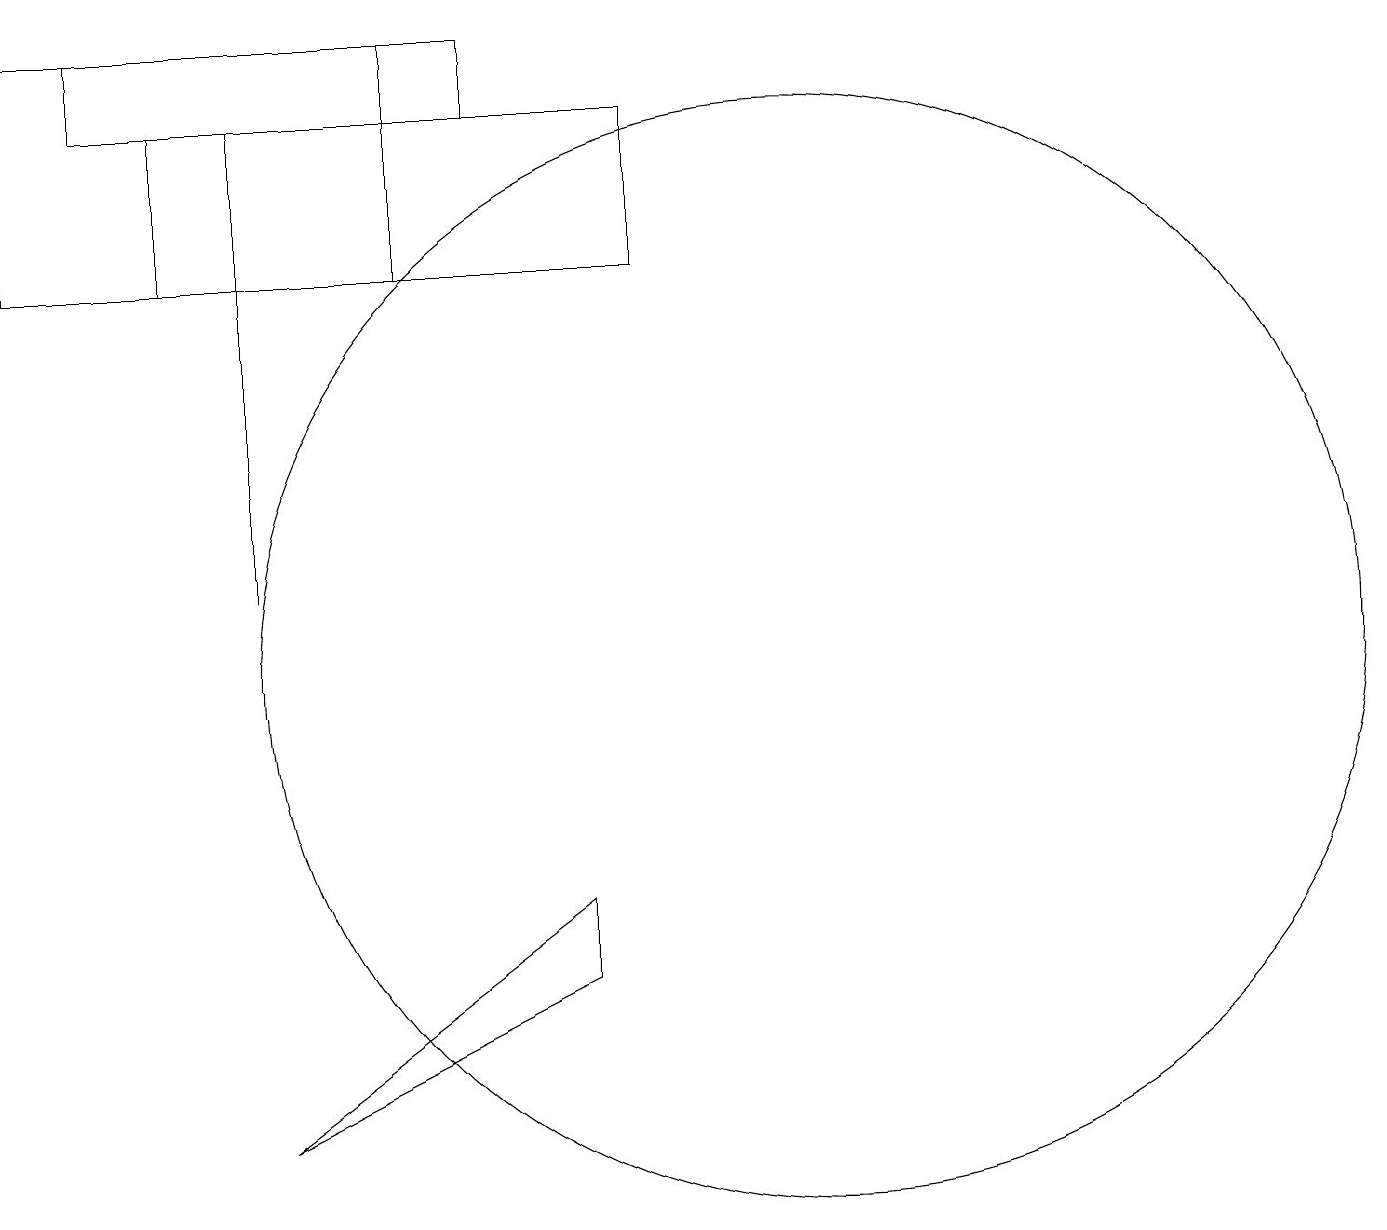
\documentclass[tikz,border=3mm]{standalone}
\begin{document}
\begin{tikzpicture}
\draw (1,19) rectangle (6,18);
\draw (2,18) rectangle (8,16);
\draw (3,12) rectangle (3,18);
\draw (5,16) rectangle (0,19);
\draw (10,11) circle (7);
\draw (7,7) -- (7,8) -- (3,5) -- cycle;
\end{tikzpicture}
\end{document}